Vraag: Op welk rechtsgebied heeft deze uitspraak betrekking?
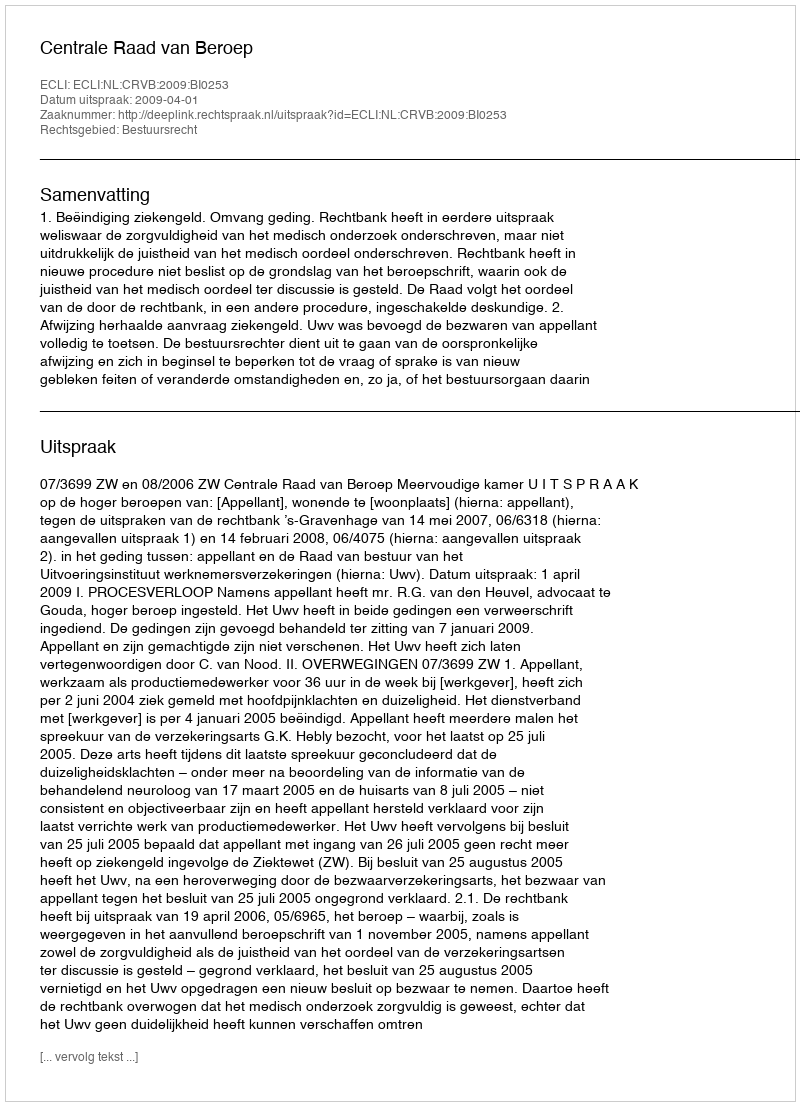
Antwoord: Bestuursrecht